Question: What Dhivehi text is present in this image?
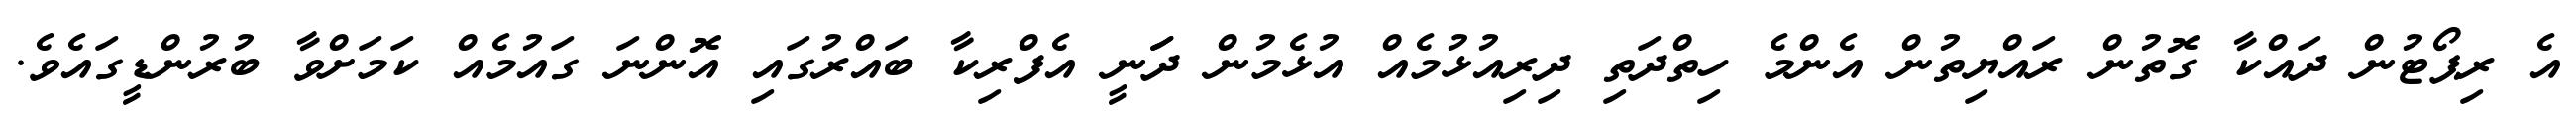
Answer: އެ ރިޕޯޓުން ދައްކާ ގޮތުން ރައްޔިތުން އެންމެ ހިތްދަތި ދިރިއުޅުމެއް އުޅެމުން ދަަނީ އެފްރިކާ ބައްރުގައި އޮންނަ ގައުމެއް ކަމަށްވާ ބުރުންޑީގައެވެ.